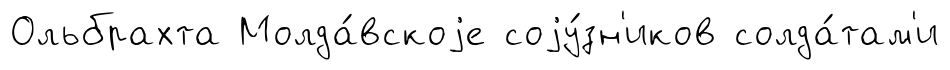
Ольбрахта Молда́вскоjе соjу́зн'иков солда́там'и